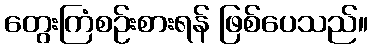
တွေးကြံစဉ်းစားရန် ဖြစ်ပေသည်။